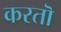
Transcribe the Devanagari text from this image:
करतॊ